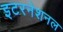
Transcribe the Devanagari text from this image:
इटरनेशनल